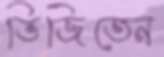
ভিজিতেন